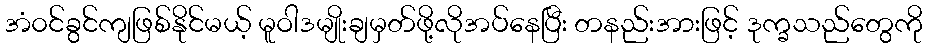
အံ၀င်ခွင်ကျဖြစ်နိုင်မယ့် မူဝါဒမျိုးချမှတ်ဖို့လိုအပ်နေပြီး တနည်းအားဖြင့် ဒုက္ခသည်တွေကို